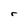
Character: r